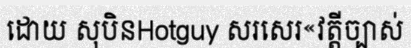
ដោយ សុបិនHotguy សរសេរ«វត្តីច្បាស់